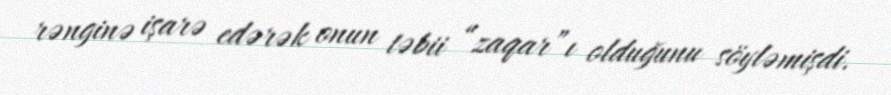
rənginə işarə edərək onun təbii “zaqar”ı olduğunu söyləmişdi.